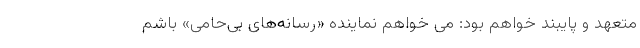
متعهد و پایبند خواهم بود: می خواهم نماینده «رسانه‌های بی‌حامی» باشم